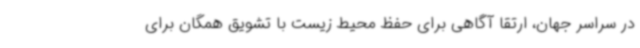
در سراسر جهان، ارتقا آگاهی برای حفظ محیط ‌زیست با تشویق همگان برای